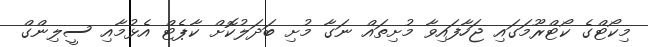
މިކޯޓްގެ ކޯޓްރޫމަގައި ޖަހާފައިވާ މުށިތައް ނަގާ މުށި ބަދަލުކޮށް ކާޕެޓް އެޅުމާއި ސީލިންގް